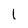
Character: 1